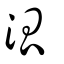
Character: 泒